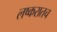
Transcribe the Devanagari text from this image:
लष्करातच